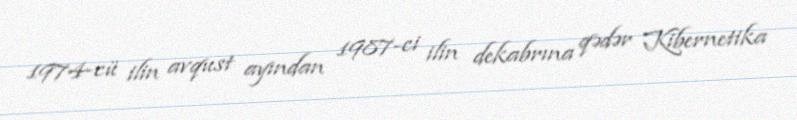
1974-cü ilin avqust ayından 1987-ci ilin dekabrına qədər Kibernetika